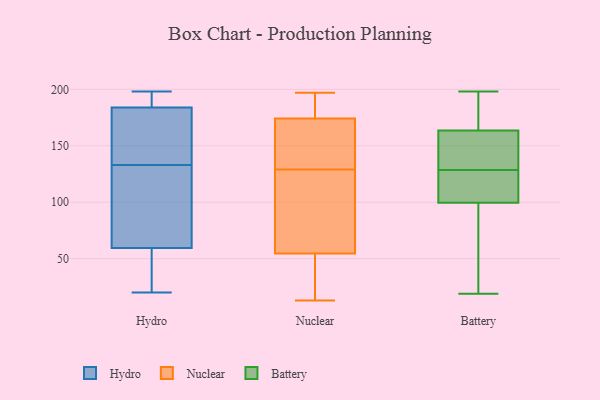
{"axis": {"x": "Waste Production (Tons)", "y": "Value"}, "legend": ["Battery", "Hydro", "Nuclear"], "data": [{"x": "", "y": 178, "type": "Hydro"}, {"x": "", "y": 68, "type": "Hydro"}, {"x": "", "y": 195, "type": "Hydro"}, {"x": "", "y": 187, "type": "Hydro"}, {"x": "", "y": 45, "type": "Hydro"}, {"x": "", "y": 20, "type": "Hydro"}, {"x": "", "y": 28, "type": "Hydro"}, {"x": "", "y": 108, "type": "Hydro"}, {"x": "", "y": 198, "type": "Hydro"}, {"x": "", "y": 158, "type": "Hydro"}, {"x": "", "y": 54, "type": "Hydro"}, {"x": "", "y": 181, "type": "Hydro"}, {"x": "", "y": 168, "type": "Hydro"}, {"x": "", "y": 198, "type": "Hydro"}, {"x": "", "y": 94, "type": "Hydro"}, {"x": "", "y": 65, "type": "Hydro"}, {"x": "", "y": 138, "type": "Nuclear"}, {"x": "", "y": 53, "type": "Nuclear"}, {"x": "", "y": 175, "type": "Nuclear"}, {"x": "", "y": 187, "type": "Nuclear"}, {"x": "", "y": 97, "type": "Nuclear"}, {"x": "", "y": 55, "type": "Nuclear"}, {"x": "", "y": 71, "type": "Nuclear"}, {"x": "", "y": 20, "type": "Nuclear"}, {"x": "", "y": 154, "type": "Nuclear"}, {"x": "", "y": 197, "type": "Nuclear"}, {"x": "", "y": 85, "type": "Nuclear"}, {"x": "", "y": 13, "type": "Nuclear"}, {"x": "", "y": 163, "type": "Nuclear"}, {"x": "", "y": 183, "type": "Nuclear"}, {"x": "", "y": 129, "type": "Nuclear"}, {"x": "", "y": 174, "type": "Nuclear"}, {"x": "", "y": 34, "type": "Nuclear"}, {"x": "", "y": 114, "type": "Battery"}, {"x": "", "y": 65, "type": "Battery"}, {"x": "", "y": 198, "type": "Battery"}, {"x": "", "y": 91, "type": "Battery"}, {"x": "", "y": 164, "type": "Battery"}, {"x": "", "y": 164, "type": "Battery"}, {"x": "", "y": 119, "type": "Battery"}, {"x": "", "y": 155, "type": "Battery"}, {"x": "", "y": 138, "type": "Battery"}, {"x": "", "y": 108, "type": "Battery"}, {"x": "", "y": 19, "type": "Battery"}, {"x": "", "y": 163, "type": "Battery"}]}